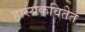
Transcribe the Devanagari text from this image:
हास्यकवितेत